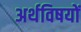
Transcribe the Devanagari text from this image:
अर्थविषयों